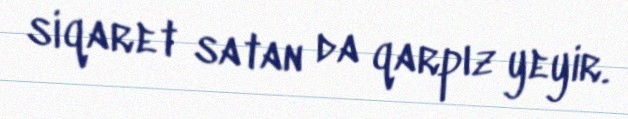
siqaret satan da qarpız yeyir.